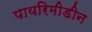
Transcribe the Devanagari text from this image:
पायरिमीडीन